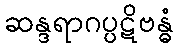
ဆန္ဒရာဂပ္ပဋိဗန္ဓံ